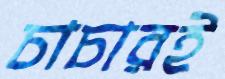
চাচারই